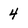
Character: 4